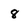
Character: 8